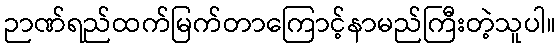
ဉာဏ်ရည်ထက်မြက်တာကြောင့်နာမည်ကြီးတဲ့သူပါ။